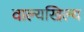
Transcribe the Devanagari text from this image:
वाल्यखिल्य